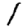
Digit: 1